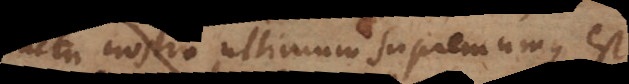
cultu nostro ultimum supremumque est.